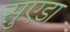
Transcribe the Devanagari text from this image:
सुएडा